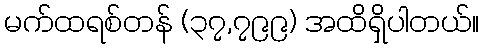
မက်ထရစ်တန် (၃၇,၇၉၉) အထိရှိပါတယ်။